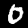
Digit: 0